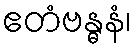
ဧတံဗန္ဓနံ၊